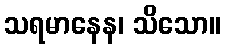
သရမာနေန၊ သိသော။